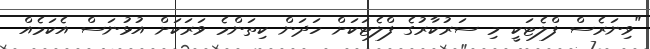
"ވިނަރެސް ފްލެޓަކީ މި ސަރުކާރުގެ ފްލެޓަކަށް ހަދަން ކިތަންމެ ވަރަކަށް އުޅުނަސް އެކަމެއް